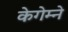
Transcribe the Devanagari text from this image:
केगेम्ने